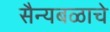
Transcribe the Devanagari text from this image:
सैन्यबळाचे